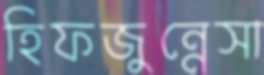
হিফজুন্নেসা